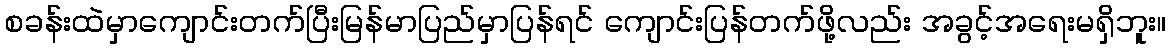
စခန်းထဲမှာကျောင်းတက်ပြီးမြန်မာပြည်မှာပြန်ရင် ကျောင်းပြန်တက်ဖို့လည်း အခွင့်အရေးမရှိဘူး။